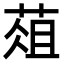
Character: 葅